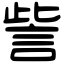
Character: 訾